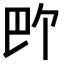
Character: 𪩬